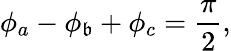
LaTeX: \phi_{a}-\phi_{\mathfrak{b}}+\phi_{c}=\frac{{\pi}}{{2}},